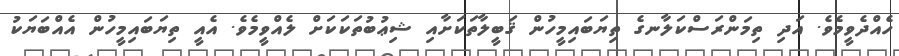
ހެއްދެވީމެވެ. އަދި ތިމަންރަސްކަލާނގެ ތިޔަބައިމީހުން ޤަބީލާތަކަށާއި ޝިޢުބުތަކަކަށް ލެއްވީމެވެ. އެއީ ތިޔަބައިމީހުން އެއްބަޔަކު